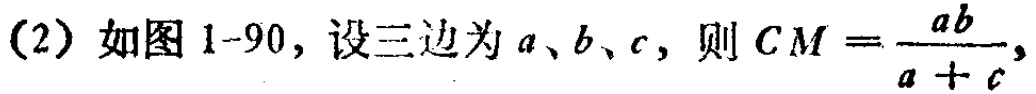
(2) 如图 1-90，设三边为 \(a、b、c\)，则 \(CM = \frac{ab}{a + c}\)